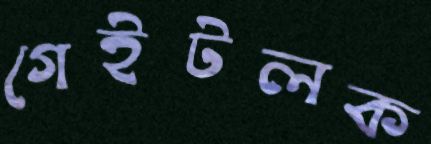
গেইটলক